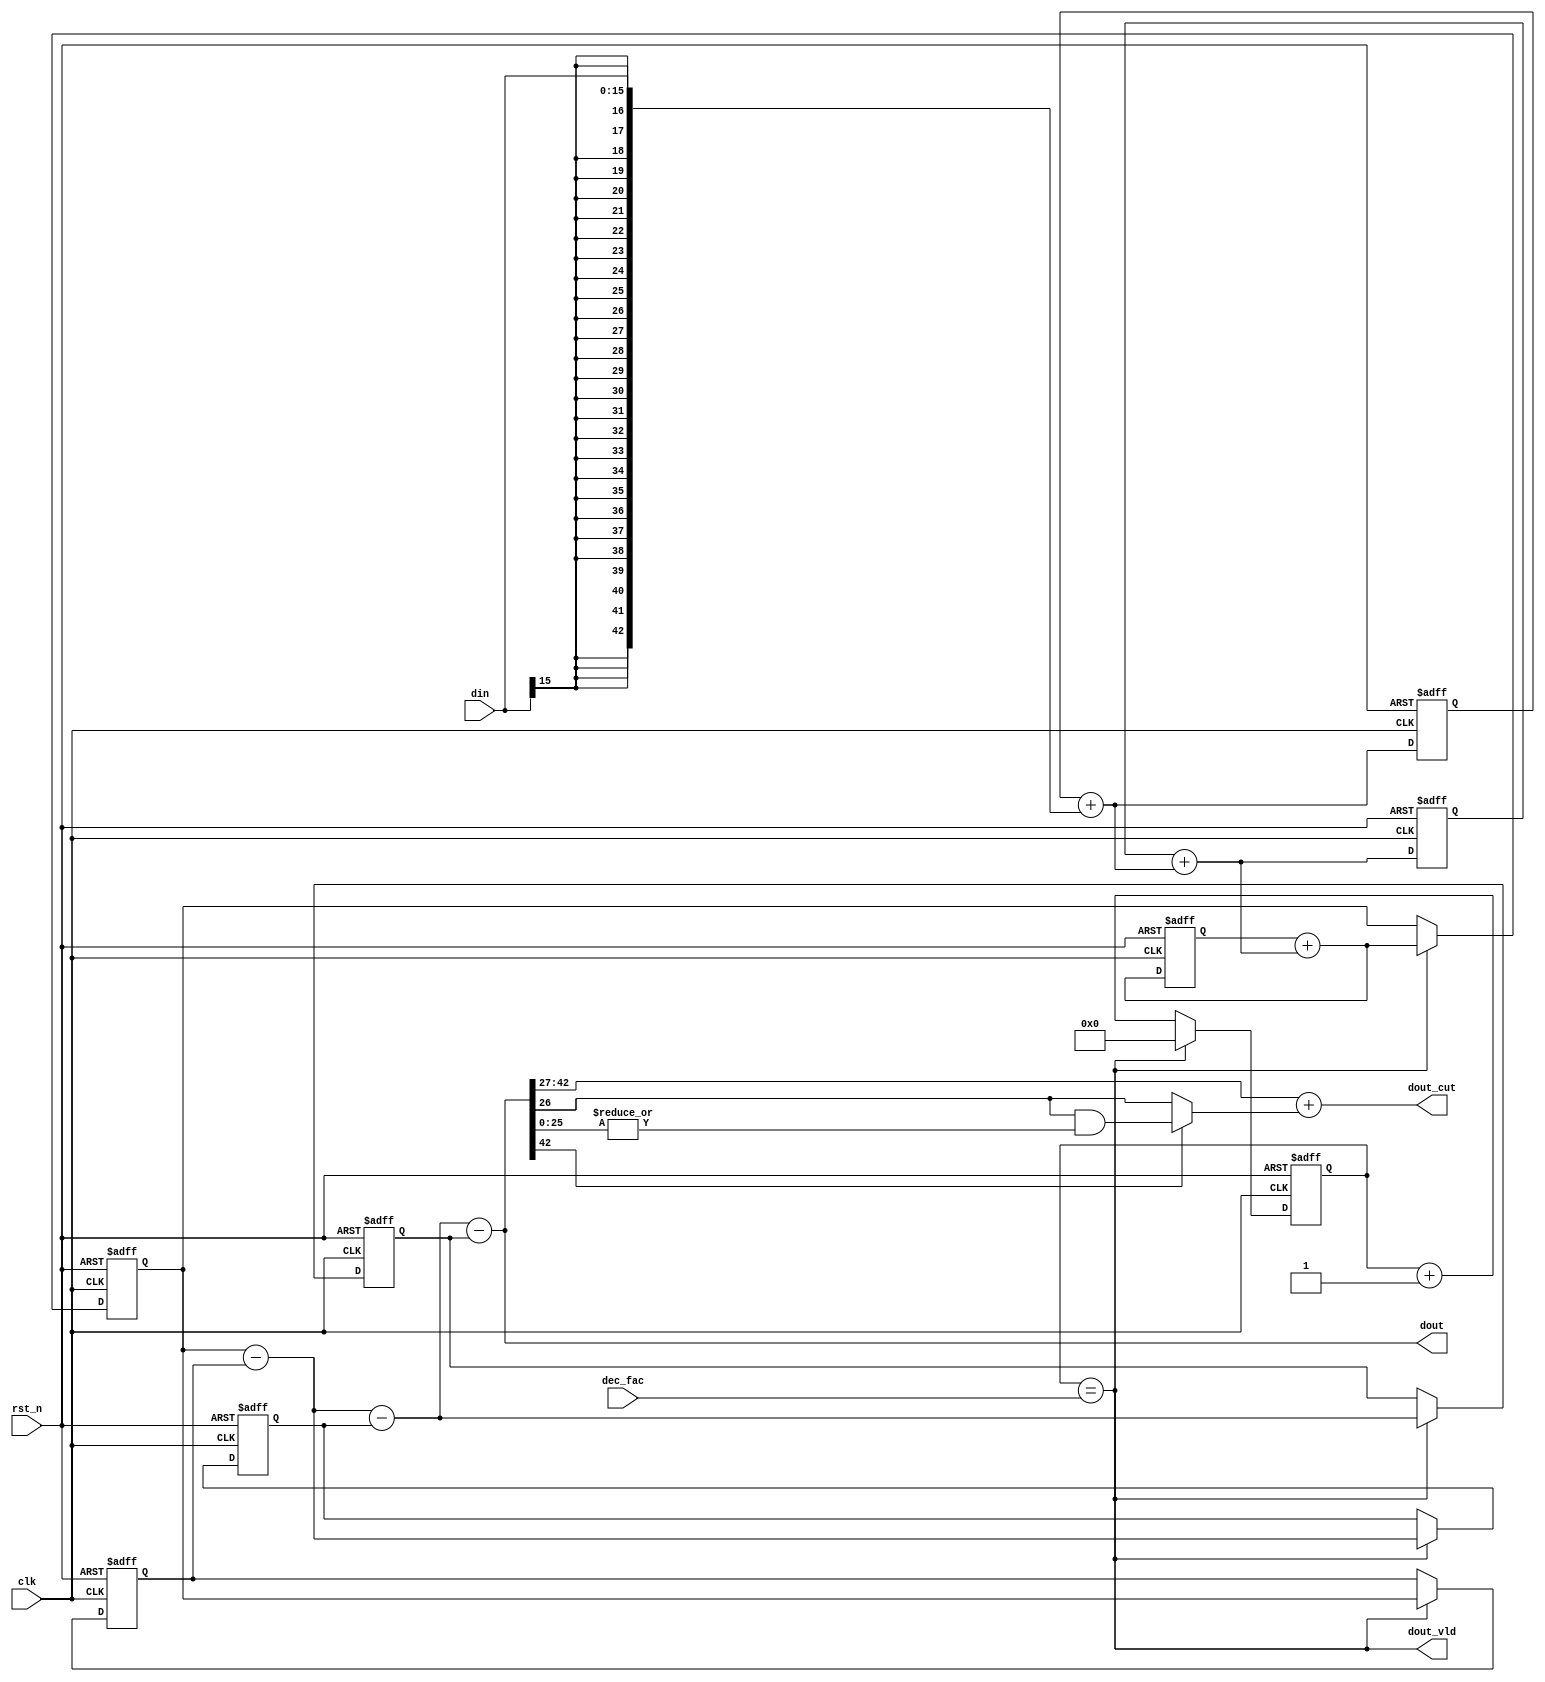
/*
*   Name        :dsp_cic_dec_var
*   Description :cic decimator,two's complement input
*   Origin      :230520
*   EE          :hel
*/
module dsp_cic_dec_var
#(
    parameter M     = 1 ,               // Differential delay 1 or 2
    parameter N     = 3 ,               // Number of stages, refers to the order of one side
    parameter BIN   = 16,               // Input data width
    parameter COUT  = 16,               // Output dout_cut width
    parameter CUT_METHOD = "ROUND",     // ROUND or CUT
    parameter BOUT  = 43                // BOUT=BIN + $clog2(((max(dec_fac)+1)*M)**N)
)
(
    input   wire            clk     ,   // 
    input   wire            rst_n   ,   // 
    input   wire [8     :0] dec_fac ,   // R or decimation factor, dec_fac 0~511 : R 1~512, dec_fac==0(R=1) not support
    input   wire [BIN-1 :0] din     ,   // Two's complement input
    output  wire [BOUT-1:0] dout    ,   // Full precision data output
    output  wire [COUT-1:0] dout_cut,   // Clipped data output
    output  wire            dout_vld    // 
);
wire [BOUT-1     :0] inte_out ;
reg  [8          :0] cnt0     ;
reg  [BOUT-1     :0] dec_out  ;
generate
    if(CUT_METHOD=="ROUND")begin:ROUND
        wire    carry_bit   =  dout[BOUT-1] ? ( dout[BOUT-(COUT-1)-1-1] & ( |dout[BOUT-(COUT-1)-1-1-1:0] ) ) : dout[BOUT-(COUT-1)-1-1] ;
        assign  dout_cut    = {dout[BOUT-1], dout[BOUT-1:BOUT-(COUT-1)-1]} + carry_bit ;
    end else if(CUT_METHOD=="CUT")begin:CUT
        assign  dout_cut    = (dout>>(BOUT-COUT));
    end
endgenerate
/*
*   Integrator
*/
generate
genvar i;
for ( i=0 ; i<N ; i=i+1 ) begin :INTEG
    reg  [BOUT-1:0]inte;
    wire [BOUT-1:0]sum;
    if ( i == 0 ) begin
        assign sum = inte + {{(BOUT-BIN){din[BIN-1]}},din};
    end else begin
        assign sum = inte + ( INTEG[i-1].sum );
    end
    always@(posedge clk or negedge rst_n)begin
        if ( !rst_n )
            inte <= {BOUT{1'd0}};
        else
            inte <= sum;
    end    
end
endgenerate
assign inte_out=INTEG[N-1].sum;
/*
*   Decimation
*/
assign dout_vld = (cnt0==dec_fac);
always@(posedge clk or negedge rst_n)begin
    if ( !rst_n ) begin
        cnt0    <=  9'd0;
        dec_out <=  {BOUT{1'd0}};
    end else begin
        cnt0    <=  dout_vld ? 9'd0    : cnt0 + 1'd1;
        dec_out <=  dout_vld ? inte_out: dec_out;
    end
end
/*
*   Comb
*/
generate
genvar j;
for ( j=0 ; j<N ; j=j+1 ) begin :COMB
    reg  [BOUT-1:0]comb;
    wire [BOUT-1:0]sub;
    if ( j == 0 ) begin
        if(M==1)begin
            assign sub = dec_out - comb;
            always@(posedge clk or negedge rst_n)begin
                if ( !rst_n )
                    comb <= {BOUT{1'd0}};
                else if(dout_vld)
                    comb <=  dec_out;
            end  
        end else begin
            reg  [BOUT-1:0]comb1;
            assign sub = dec_out - comb1;
            always@(posedge clk or negedge rst_n)begin
                if ( !rst_n )begin
                    comb <= {BOUT{1'd0}};
                    comb1<= {BOUT{1'd0}};
                end else if(dout_vld)begin
                    comb <= dec_out ;
                    comb1<= comb    ;
                end
            end  
        end
    end else begin
        if(M==1)begin
            assign sub = COMB[j-1].sub - comb;
            always@(posedge clk or negedge rst_n)begin
                if ( !rst_n )
                    comb <= {BOUT{1'd0}};
                else if(dout_vld)
                    comb <= COMB[j-1].sub;
            end  
        end else begin
            reg  [BOUT-1:0]comb1;
            assign sub = COMB[j-1].sub - comb1;
            always@(posedge clk or negedge rst_n)begin
                if ( !rst_n )begin
                    comb <= {BOUT{1'd0}};
                    comb1<= {BOUT{1'd0}};
                end else if(dout_vld)begin
                    comb <=  COMB[j-1].sub;
                    comb1<=  comb;
                end
            end  
        end
    end
end
endgenerate
assign dout = COMB[N-1].sub;
endmodule